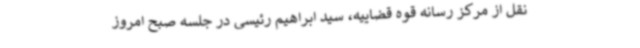
نقل از مرکز رسانه قوه قضاییه، سید ابراهیم رئیسی در جلسه صبح امروز